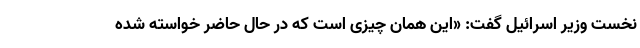
نخست وزیر اسرائیل گفت: «این همان چیزی است که در حال حاضر خواسته شده